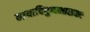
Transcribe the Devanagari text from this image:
मायादिगुणभासकः